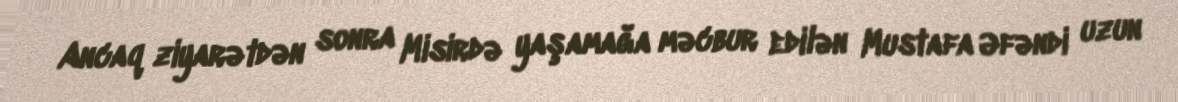
Ancaq ziyarətdən sonra Misirdə yaşamağa məcbur edilən Mustafa Əfəndi uzun